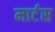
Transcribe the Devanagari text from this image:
मार्टस